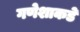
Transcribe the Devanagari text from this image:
गणेशाकडे